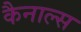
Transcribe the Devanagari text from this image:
कैनाल्स